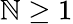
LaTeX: \mathbb{N}\ge1